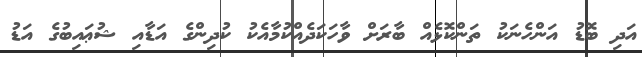
އަދި ބޮޑު އަންހެނަކު ތަންކޮޅެއް ބާރަށް ވާހަކަދެއްކުމާއެކު ކުދިންގެ އަޑާއި ޝުޢައިބުގެ އަޑު